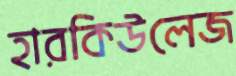
হারকিউলেজ